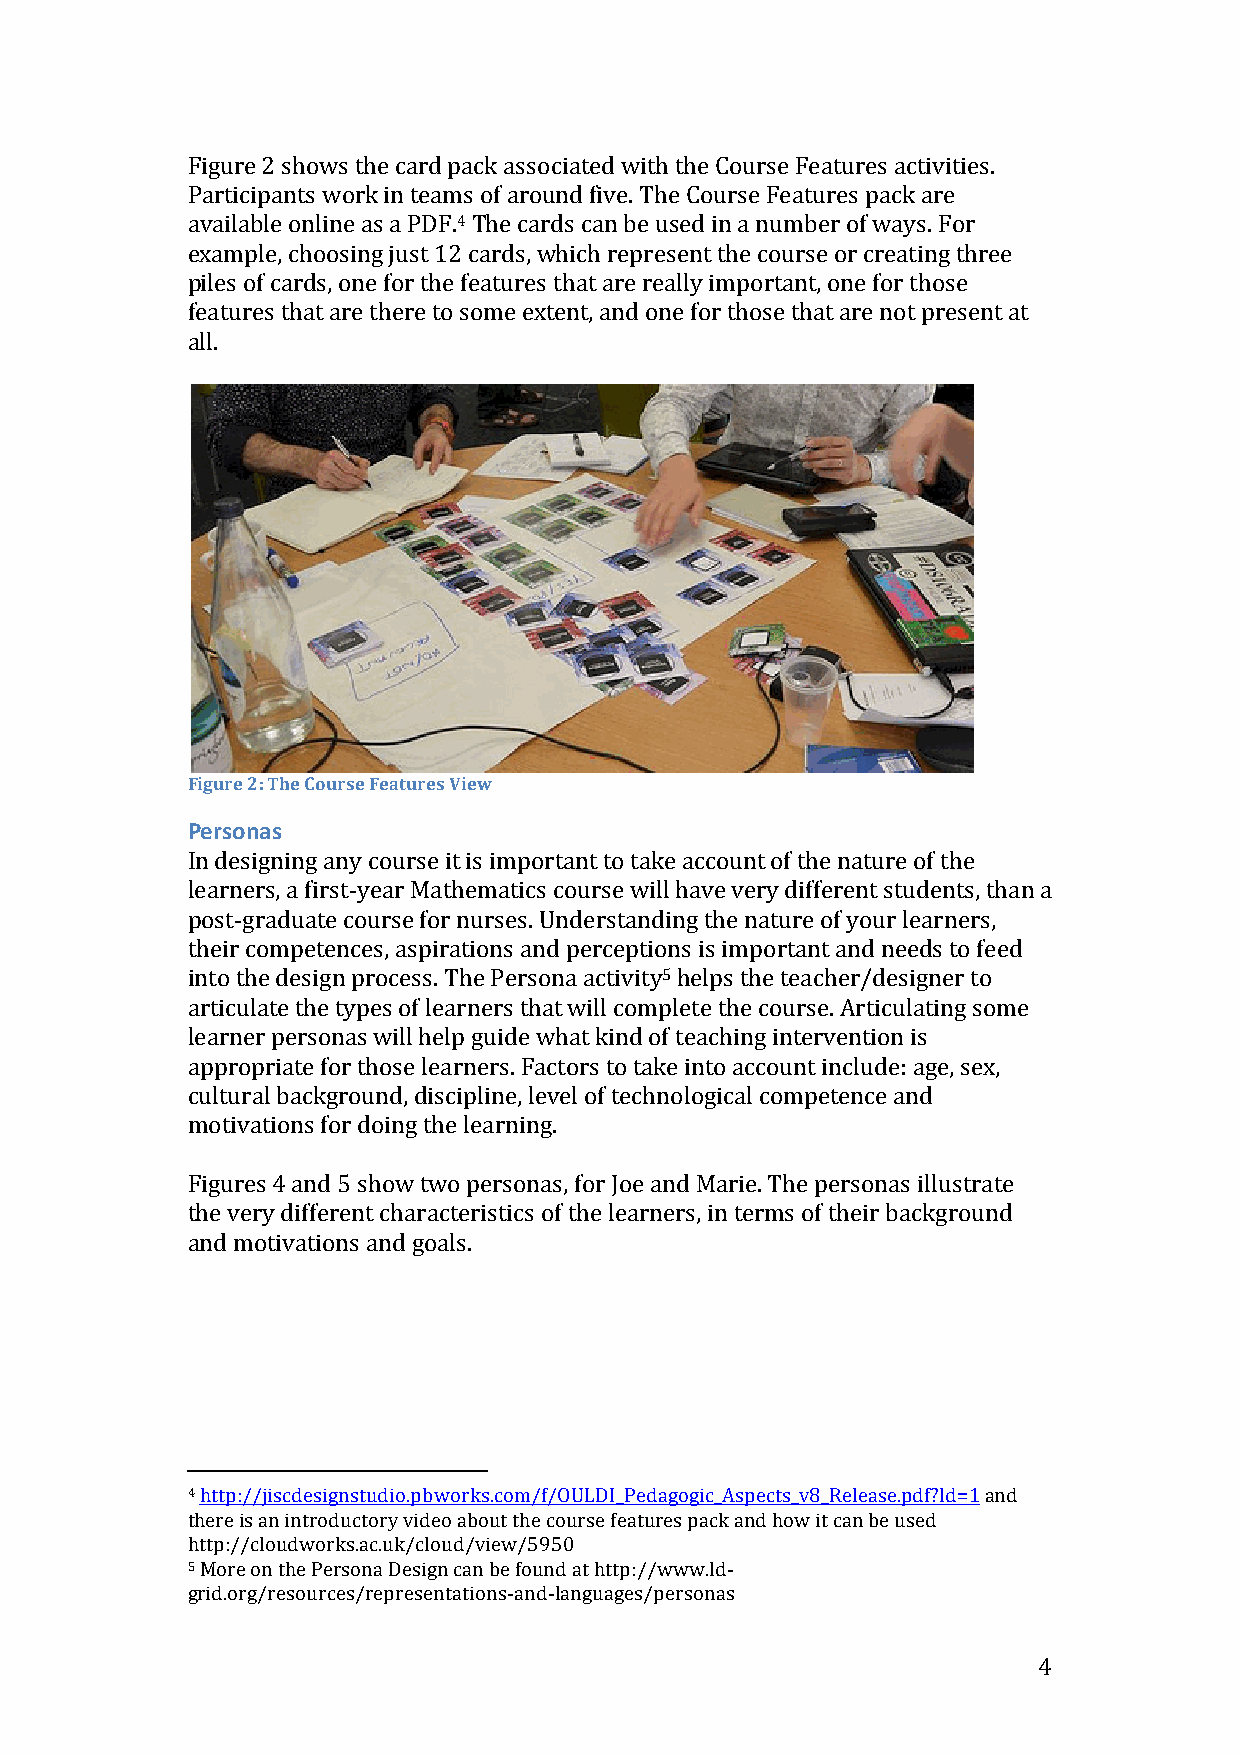
Figure 2 shows the card pack associated with the Course Features activities.
 Participants work in teams of around five. The Course Features pack are
 available online as a PDF.4 The cards can be used in a number of ways. For
 example, choosing just 12 cards, which represent the course or creating three
 piles of cards, one for the features that are really important, one for those
 features that are there to some extent, and one for those that are not present at
 all.
 Figure 2: The Course Features View
 Personas
 In designing any course it is important to take account of the nature of the
 learners, a first-­‐year Mathematics course will have very different students, than a
 post-­‐graduate course for nurses. Understanding the nature of your learners,
 their competences, aspirations and perceptions is important and needs to feed
 into the design process. The Persona activity5 helps the teacher/designer to
 articulate the types of learners that will complete the course. Articulating some
 learner personas will help guide what kind of teaching intervention is
 appropriate for those learners. Factors to take into account include: age, sex,
 cultural background, discipline, level of technological competence and
 motivations for doing the learning.
 Figures 4 and 5 show two personas, for Joe and Marie. The personas illustrate
 the very different characteristics of the learners, in terms of their background
 and motivations and goals.
 4 http://jiscdesignstudio.pbworks.com/f/OULDI_Pedagogic_Aspects_v8_Release.pdf?ld=1 and
 there is an introductory video about the course features pack and how it can be used
 http://cloudworks.ac.uk/cloud/view/5950
 5 More on the Persona Design can be found at http://www.ld-­‐
 grid.org/resources/representations-­‐and-­‐languages/personas
 4